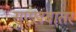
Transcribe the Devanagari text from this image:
सुएख़बातर